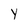
Character: y